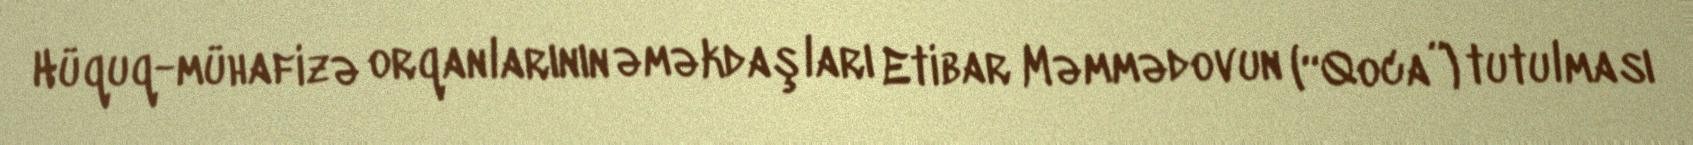
Hüquq-mühafizə orqanlarının əməkdaşları Etibar Məmmədovun (“Qoca”) tutulması